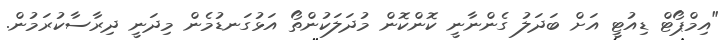
"އިމްޕޯޓް ޑިއުޓީ އަށް ބަދަލު ގެންނާނީ ކޮންކޮން މުދަލަކުންތޯ އަޅުގަނޑުމެން މިދަނީ ދިރާސާކުރަމުން.